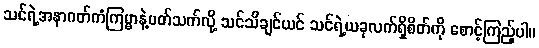
သင်ရဲ့အနာဂတ်ကံကြမ္မာနဲ့ပတ်သက်လို့ သင်သိချင်ယင် သင်ရဲ့ယခုလက်ရှိစိတ်ကို စောင့်ကြည့်ပါ။